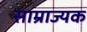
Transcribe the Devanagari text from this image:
साम्राज्यक